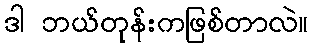
ဒါ ဘယ်တုန်းကဖြစ်တာလဲ။